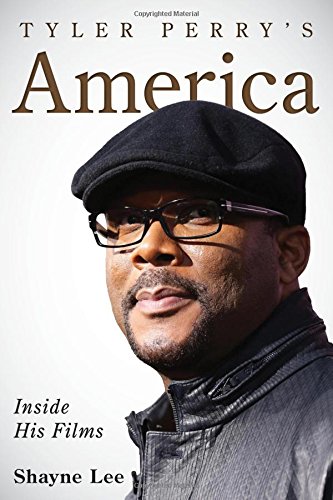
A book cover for Tyler Perry's America: Inside His Films; Shayne Lee; Humor & Entertainment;